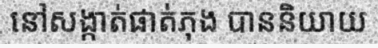
នៅសង្កាត់ផាត់ភុង បាននិយាយ